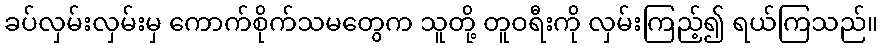
ခပ်လှမ်းလှမ်းမှ ကောက်စိုက်သမတွေက သူတို့ တူဝရီးကို လှမ်းကြည့်၍ ရယ်ကြသည်။